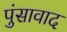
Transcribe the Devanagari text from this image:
पुंसावाद